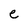
Character: e